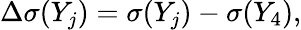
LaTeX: \Delta\sigma(Y_{j})=\sigma(Y_{j})-\sigma(Y_{4}),